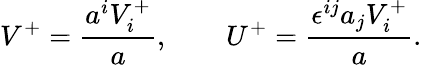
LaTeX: V^{+}=\frac{a^{i}V_{i}^{+}}a,\qquad U^{+}=\frac{\epsilon^{ij}a_{j}V_{i}^{+}}a.